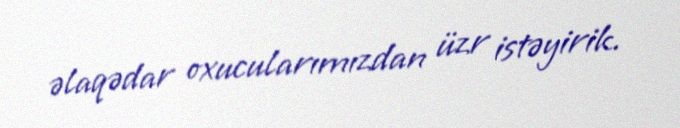
əlaqədar oxucularımızdan üzr istəyirik.